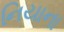
નિયાના